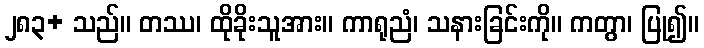
၂၈၃+ သည်။ တဿ၊ ထိုခိုးသူအား။ ကာရုညံ၊ သနားခြင်းကို။ ကတွာ၊ ပြု၍။